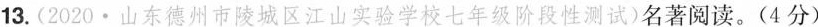
13.(2020·山东德州市陵城区江山实验学校七年级阶段性测试)名著阅读。(4分)